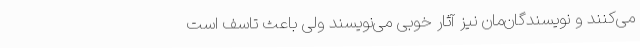
می‌کنند و نویسندگان‌مان نیز آثار خوبی می‌نویسند ولی باعث تاسف است